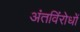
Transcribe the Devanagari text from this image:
अंतविंरोधों